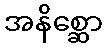
အနိစ္ဆော